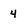
Character: 4